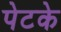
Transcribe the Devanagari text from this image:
पेटके